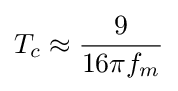
T_{c}\approx {\frac {9}{16\pi f_{m}}}